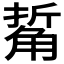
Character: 𧣯